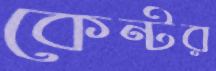
কেন্টর